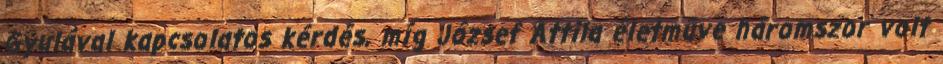
Gyulával kapcsolatos kérdés, míg József Attila életműve háromszor volt